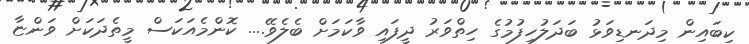
ކިބައިން މިދަނޑިވަޅު ބަދަލުހިފުމުގެ ހިތްވަރު ދީފައި ވާކަމަށް ބެލެވޭ.... ކޮންމެއަކަސް މީތެދަކަށް ވަންޏާ